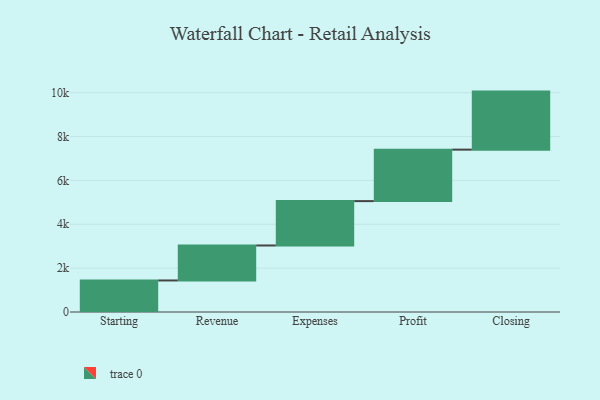
{"axis": {"x": "Step", "y": "Value"}, "legend": [""], "data": [{"x": "Starting", "y": 1438.0, "type": ""}, {"x": "Revenue", "y": 1595.0, "type": ""}, {"x": "Expenses", "y": 2023.0, "type": ""}, {"x": "Profit", "y": 2347.0, "type": ""}, {"x": "Closing", "y": 2646.0, "type": ""}]}